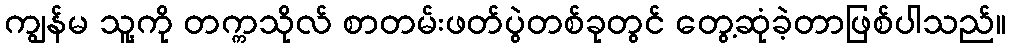
ကျွန်မ သူ့ကို တက္ကသိုလ် စာတမ်းဖတ်ပွဲတစ်ခုတွင် တွေ့ဆုံခဲ့တာဖြစ်ပါသည်။